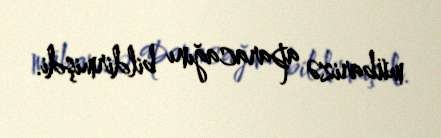
mübarizə aparacağını bildirmişdi.